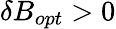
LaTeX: \delta B_{opt}>0